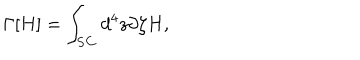
LaTeX: \Gamma [ H ] = \int _ { \bf S C } d ^ { 4 } z \partial \zeta H ,